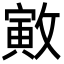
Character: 㪦